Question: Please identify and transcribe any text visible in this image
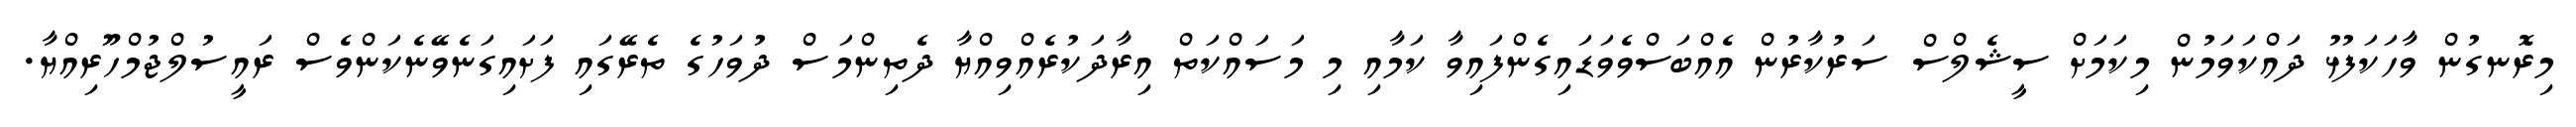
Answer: މިރޮނގުން ވާހަކަފުޅު ދައްކަވަމުން މިކަމަށް ސީޝެލްސް ސަރުކާރުން އެއްބަސްވެވަޑައިގެންފައިވާ ކަމާއި މި މަސައްކަތް އިރާދަކުރެއްވިއްޔާ ދެތިންމަސް ދުވަހުގެ ތެރޭގައި ފަށައިގަނެވޭނެކަންވެސް ރައީސުލްޖުމްހޫރިއްޔާ.